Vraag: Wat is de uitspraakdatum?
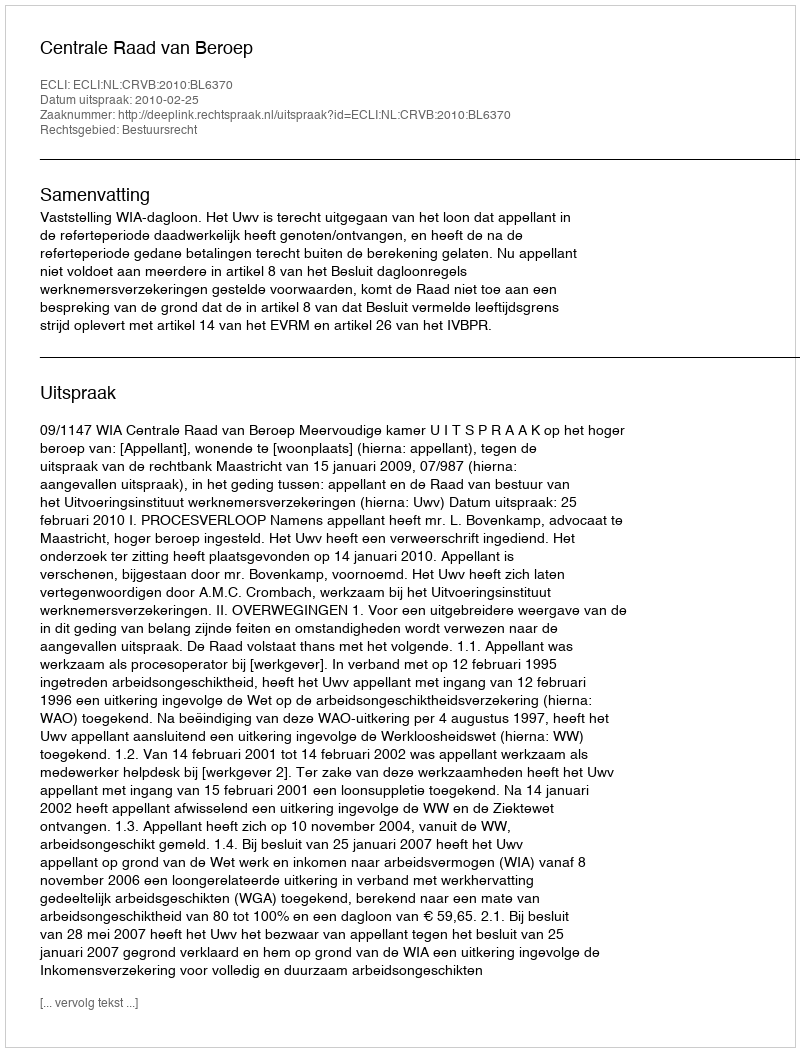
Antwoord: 2010-02-25